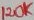
Text: 120K